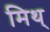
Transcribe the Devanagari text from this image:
मिथ्